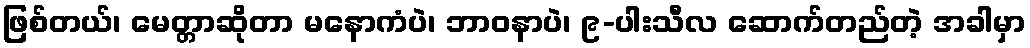
ဖြစ်တယ်၊ မေတ္တာဆိုတာ မနောကံပဲ၊ ဘာဝနာပဲ၊ ၉-ပါးသီလ ဆောက်တည်တဲ့ အခါမှာ